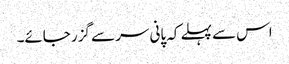
اس سے پہلے کہ پانی سر سے گزر جائے۔